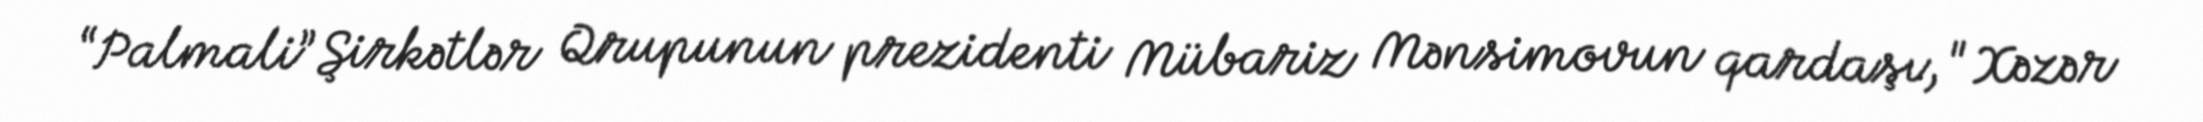
“Palmali” Şirkətlər Qrupunun prezidenti Mübariz Mənsimovun qardaşı, "Xəzər